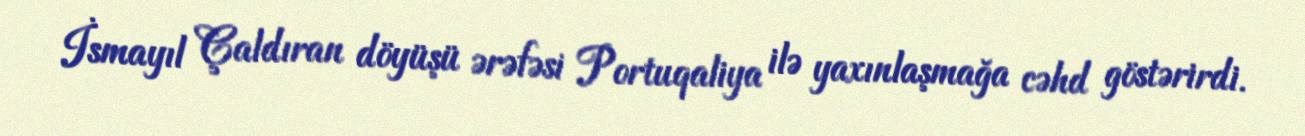
İsmayıl Çaldıran döyüşü ərəfəsi Portuqaliya ilə yaxınlaşmağa cəhd göstərirdi.